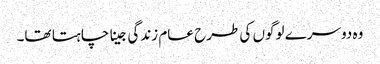
وہ دوسرے لوگوں کی طرح عام زندگی جینا چاہتا تھا۔